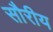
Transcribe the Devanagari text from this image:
सौरीय